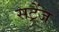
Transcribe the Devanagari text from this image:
सट्रेंज